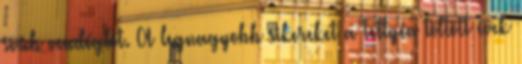
sváb vendéglôt. A legnagyobb sikereket a Tettyén töltött évek